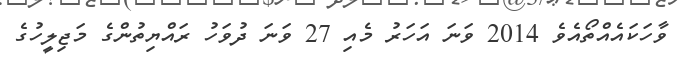
ވާހަކައެއްތޯއެވެ 2014 ވަނަ އަހަރު މެއި 27 ވަނަ ދުވަހު ރައްޔިތުންގެ މަޖިލީހުގެ